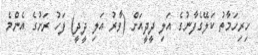
ހިރިހަމާތު ކަލޭގެފާނުގެ އަލި ދީދީއަށް (ވާރު އަލި ދީދީ) ފަހު ރަށުގެ އެންމެ